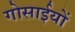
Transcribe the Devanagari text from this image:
गोसाईयों